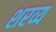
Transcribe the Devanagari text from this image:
शरव्य